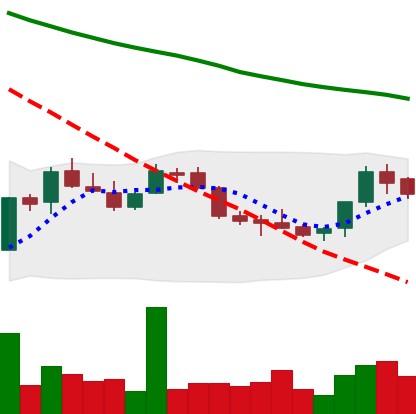
Ticker: LINK-USD
Chart end date: 2018-07-19
Forward return: -11.777%
Label: down_7plus